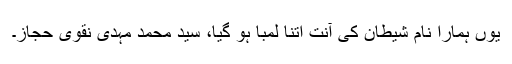
یوں ہمارا نام شیطان کی آنت اتنا لمبا ہو گیا، سید محمد مہدی نقوی حجازؔ۔